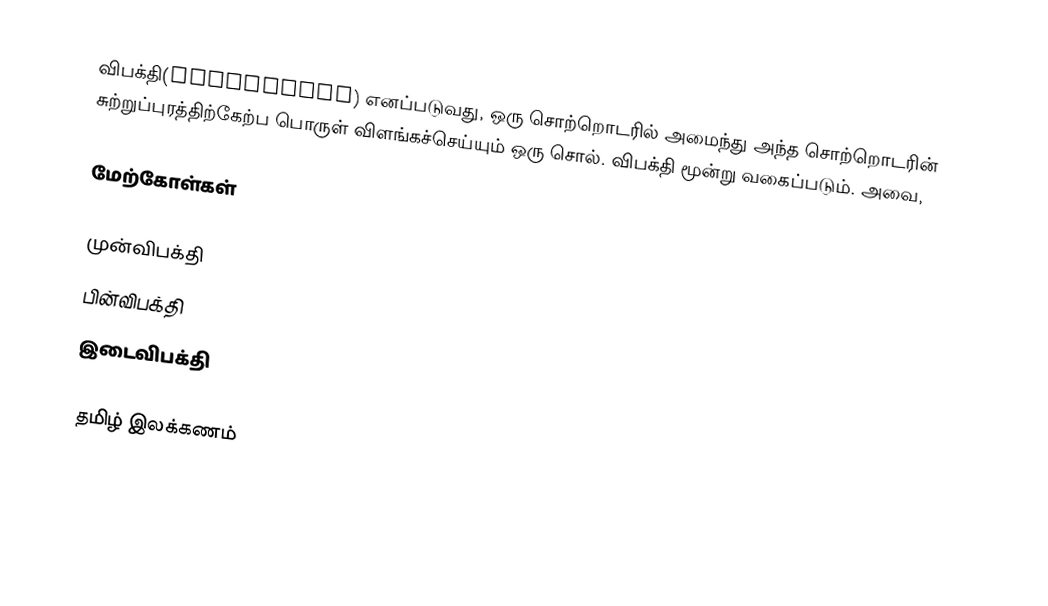
விபக்தி(Adposition) எனப்படுவது, ஒரு சொற்றொடரில் அமைந்து அந்த சொற்றொடரின் சுற்றுப்புரத்திற்கேற்ப பொருள் விளங்கச்செய்யும் ஒரு சொல். விபக்தி மூன்று வகைப்படும். அவை,

மேற்கோள்கள்

முன்விபக்தி
பின்விபக்தி
இடைவிபக்தி

தமிழ் இலக்கணம்